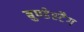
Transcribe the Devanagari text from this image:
बुण्डेस्टैग